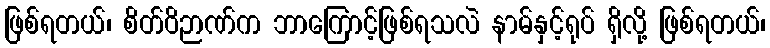
ဖြစ်ရတယ်၊ စိတ်ဝိဉာဏ်က ဘာကြောင့်ဖြစ်ရသလဲ နာမ်နှင့်ရုပ် ရှိလို့ ဖြစ်ရတယ်၊